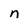
Character: n